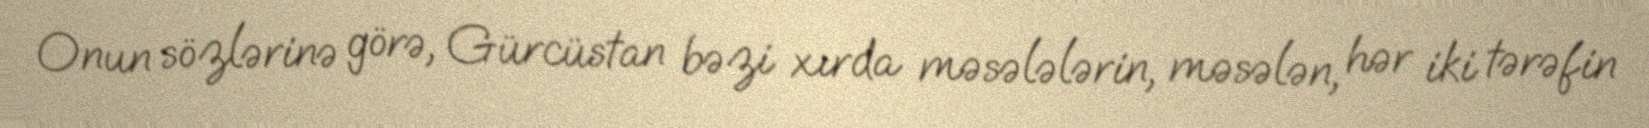
Onun sözlərinə görə, Gürcüstan bəzi xırda məsələlərin, məsələn, hər iki tərəfin